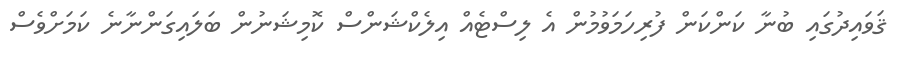
ޤަވައިދުގައި ބުނާ ކަންކަން ފުރިހަމަވުމުން އެ ލިސްޓެއް އިލެކްޝަންސް ކޮމިޝަނުން ބަލައިގަންނާނެ ކަމަށްވެސް